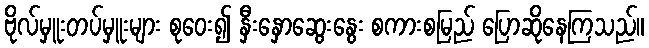
ဗိုလ်မှူးတပ်မှူးများ စုဝေး၍ နှီးနှောဆွေးနွေး စကားစမြည် ပြောဆိုနေကြသည်။